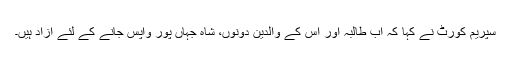
سپریم کورٹ نے کہا کہ اب طالبہ اور اس کے والدین دونوں، شاہ جہاں پور واپس جانے کے لئے آزاد ہیں۔